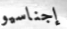
إجناسيو